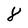
Character: 8